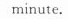
minute.